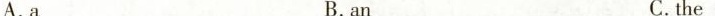
A.a B.an C.the